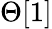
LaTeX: \Theta[1]